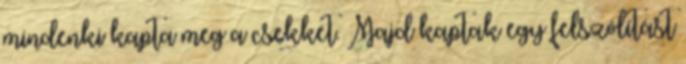
mindenki kapta meg a csekket. Majd kaptak egy felszólítást